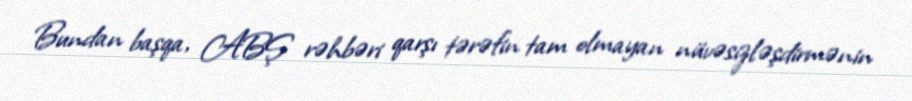
Bundan başqa, ABŞ rəhbəri qarşı tərəfin tam olmayan nüvəsizləşdirmənin